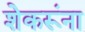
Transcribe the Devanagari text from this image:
शेकरूंना